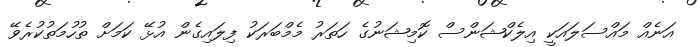
އަނެއް މައްސަލައަކީ އިލެކްޝަންސް ކޮމިޝަނުގެ ހަތަރު މެމްބަރަކު ފިލައިގެން އުޅޭ ކަމަށް ތުހުމަތުކުރެވޭ